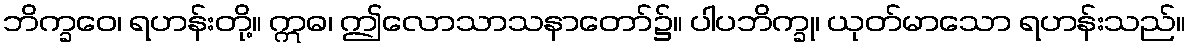
ဘိက္ခဝေ၊ ရဟန်းတို့။ ဣဓ၊ ဤလောသာသနာတော်၌။ ပါပဘိက္ခု၊ ယုတ်မာသော ရဟန်းသည်။